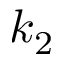
k _ { 2 }